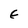
Character: E